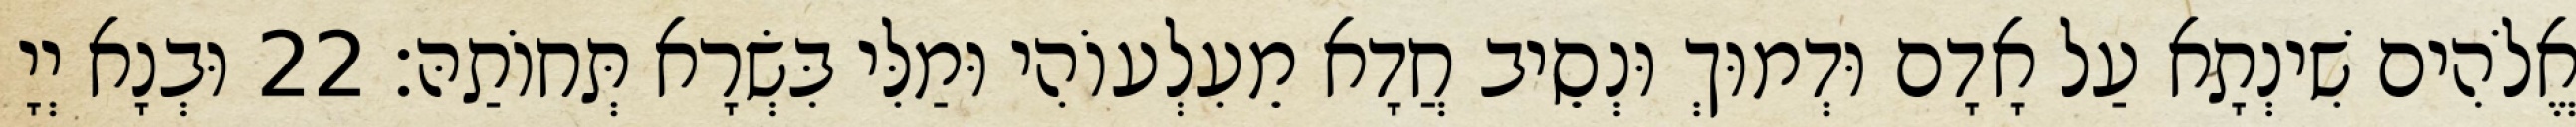
אֱלֹהִים שִׁינְתָא עַל אָדָם וּדְמוּךְ וּנְסֵיב חֲדָא מֵעִלְעוֹהִי וּמַלִּי בִּשְׂרָא תְּחוֹתַהּ׃ 22 וּבְנָא יְיָ